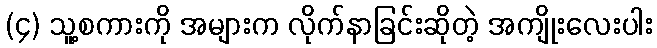
(၄) သူ့စကားကို အများက လိုက်နာခြင်းဆိုတဲ့ အကျိုးလေးပါး